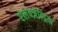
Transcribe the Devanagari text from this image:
ऐलेक्ज़ेन्ड्रिया